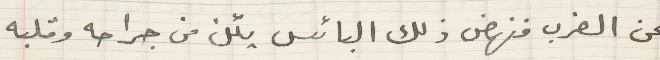
عن الضرب فنهض ذلك البائس يئن من جراحه وقلبه